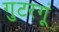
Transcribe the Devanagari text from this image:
गुटरगूं